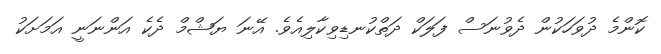
ކޮންމެ ދުވަހަކުން ދެވުނަސް ފަލަކް ދަތްކުނޑިވިކާލިއެވެ. އޭނަ ޔަޝްމް ދެކެ އަންނަނީ އަމަށަކު